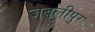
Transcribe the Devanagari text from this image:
जबलीपुर